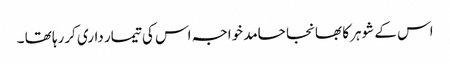
اس کے شوہر کا بھانجا حامد خواجہ اس کی تیمار داری کررہا تھا ۔